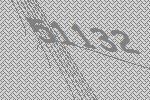
51132